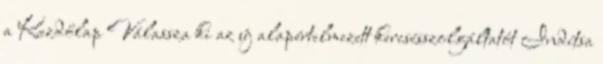
a Kezdőlap Válassza ki az új alapértelmezett keresésszolgáltatót Indítsa